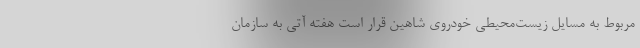
مربوط به مسایل زیست‌محیطی خودروی شاهین قرار است هفته آتی به سازمان